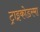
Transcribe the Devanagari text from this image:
ट्राइकोडरमा